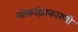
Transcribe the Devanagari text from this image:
लोकहितकारणी